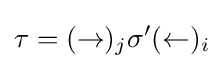
\tau =(\rightarrow )_{j}\sigma '(\leftarrow )_{i}